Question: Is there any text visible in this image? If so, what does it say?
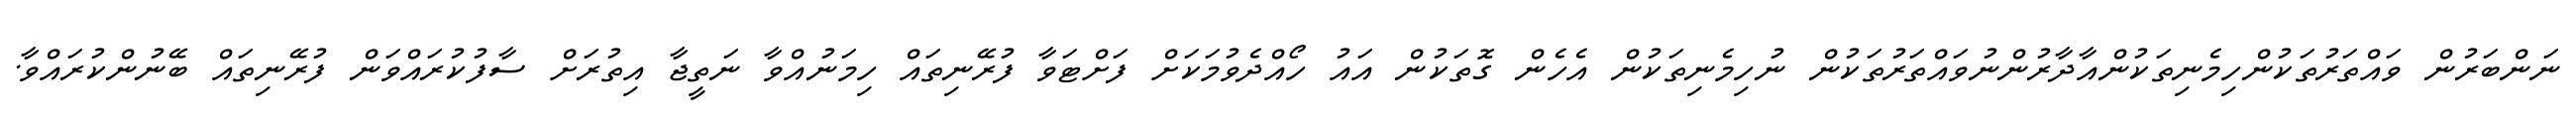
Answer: ނަންބަރުން ވައްތަރުތަކުންހިމެނިތަކުންއާދާރުންނުވައްތަރުތަކުން ނުހިމެނިތަކުން އެހެން ގޮތަކުން އައު ހޯއްދެވުމަކަށް ފަށްޓަވާ ފުރޭނިތައް ހިމަނުއްވާ ނަތީޖާ އިތުރަށް ސާފުކުރައްވަން ފުރޭނިތައް ބޭނުންކުރައްވާ.